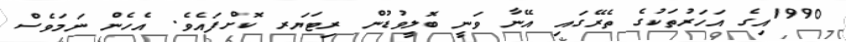
1990އިގެ އަހަރުތަކުގެ ތެރޭގައި އޭނާ ވަނީ ބޮލީވުޑުން ރިޓަޔަރ ކޮށްފައެވެ. އެހެން ނަމަވެސް